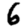
Digit: 6